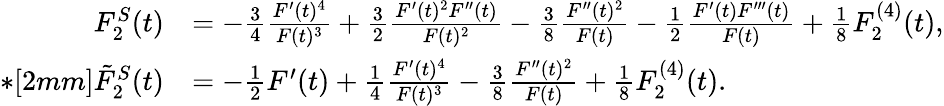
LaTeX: \begin{array}{rl}{F_{2}^{S}(t)}&{=-\frac{3}{4}\frac{F^{\prime}(t)^{4}}{F(t)^{3}}+\frac{3}{2}\frac{F^{\prime}(t)^{2}F^{\prime\prime}(t)}{F(t)^{2}}-\frac{3}{8}\frac{F^{\prime\prime}(t)^{2}}{F(t)}-\frac{1}{2}\frac{F^{\prime}(t)F^{\prime\prime\prime}(t)}{F(t)}+\frac{1}{8}F_{2}^{(4)}(t),}\\ {*[2mm]\tilde{F}_{2}^{S}(t)}&{=-\frac{1}{2}F^{\prime}(t)+\frac{1}{4}\frac{F^{\prime}(t)^{4}}{F(t)^{3}}-\frac{3}{8}\frac{F^{\prime\prime}(t)^{2}}{F(t)}+\frac{1}{8}F_{2}^{(4)}(t).}\end{array}